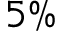
5 \%